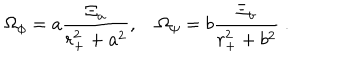
{ \Omega } _ { \phi } = a { \frac { { \Xi } _ { a } } { r _ { + } ^ { 2 } + a ^ { 2 } } } , \quad { \Omega } _ { \psi } = b { \frac { { \Xi } _ { b } } { r _ { + } ^ { 2 } + b ^ { 2 } } } \ .